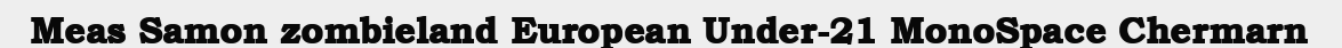
Meas Samon zombieland European Under-21 MonoSpace Chermarn